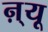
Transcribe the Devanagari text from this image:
ऩ्यू